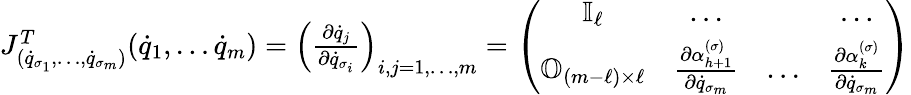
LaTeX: \begin{array}{l}{J_{({\dot{q}}_{\sigma_{1}},\dots,{\dot{q}}_{\sigma_{m}})}^{T}({\dot{q}}_{1},\dots{\dot{q}}_{m})=\left(\frac{\partial{\dot{q}}_{j}}{\partial{\dot{q}}_{\sigma_{i}}}\right)_{i,j=1,\dots,m}=\left(\begin{array}{cccc}{{\mathbb I}_{\ell}}&{\dots}&{}&{\dots}\\ {{\mathbb O}_{(m-\ell)\times\ell}}&{\frac{\partial\alpha_{h+1}^{(\sigma)}}{\partial{\dot{q}}_{\sigma_{m}}}}&{\dots}&{\frac{\partial\alpha_{k}^{(\sigma)}}{\partial{\dot{q}}_{\sigma_{m}}}}\end{array}\right)}\end{array}